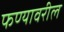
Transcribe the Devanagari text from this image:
फण्यावरील